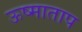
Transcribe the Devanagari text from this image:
ऊष्माताप